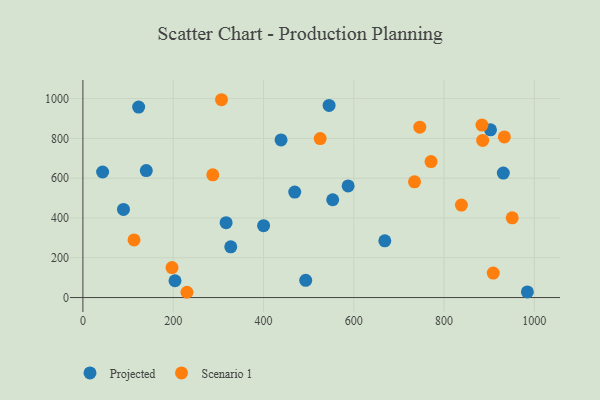
{"axis": {"x": "Speed", "y": "Fuel Efficiency"}, "legend": ["Projected", "Scenario 1"], "data": [{"x": "89.9", "y": 443.1, "type": "Projected"}, {"x": "493.5", "y": 86.4, "type": "Projected"}, {"x": "123.5", "y": 957.7, "type": "Projected"}, {"x": "553.3", "y": 491.6, "type": "Projected"}, {"x": "317.2", "y": 376.4, "type": "Projected"}, {"x": "587.5", "y": 561.0, "type": "Projected"}, {"x": "931.2", "y": 625.6, "type": "Projected"}, {"x": "469.2", "y": 530.0, "type": "Projected"}, {"x": "984.5", "y": 28.2, "type": "Projected"}, {"x": "400.2", "y": 361.3, "type": "Projected"}, {"x": "204.0", "y": 84.5, "type": "Projected"}, {"x": "668.7", "y": 285.2, "type": "Projected"}, {"x": "327.5", "y": 254.8, "type": "Projected"}, {"x": "545.3", "y": 965.7, "type": "Projected"}, {"x": "902.8", "y": 842.9, "type": "Projected"}, {"x": "43.7", "y": 631.1, "type": "Projected"}, {"x": "140.4", "y": 638.1, "type": "Projected"}, {"x": "438.9", "y": 792.4, "type": "Projected"}, {"x": "525.6", "y": 799.3, "type": "Scenario 1"}, {"x": "933.5", "y": 807.4, "type": "Scenario 1"}, {"x": "734.5", "y": 581.6, "type": "Scenario 1"}, {"x": "885.5", "y": 789.8, "type": "Scenario 1"}, {"x": "883.9", "y": 867.1, "type": "Scenario 1"}, {"x": "197.4", "y": 150.5, "type": "Scenario 1"}, {"x": "230.5", "y": 26.5, "type": "Scenario 1"}, {"x": "950.9", "y": 400.8, "type": "Scenario 1"}, {"x": "113.3", "y": 289.7, "type": "Scenario 1"}, {"x": "287.7", "y": 616.8, "type": "Scenario 1"}, {"x": "746.2", "y": 856.3, "type": "Scenario 1"}, {"x": "307.0", "y": 994.4, "type": "Scenario 1"}, {"x": "908.9", "y": 123.2, "type": "Scenario 1"}, {"x": "771.1", "y": 683.3, "type": "Scenario 1"}, {"x": "838.4", "y": 464.7, "type": "Scenario 1"}]}